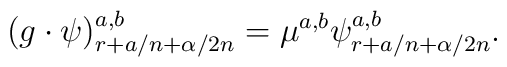
(g\cdot \psi)^{a,b}_{r+a/n+\alpha /2n}=\mu^{a,b}\psi^{a,b}_{r+a/n+\alpha/2n}.